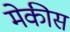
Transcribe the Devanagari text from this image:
मेकीस